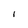
Character: I